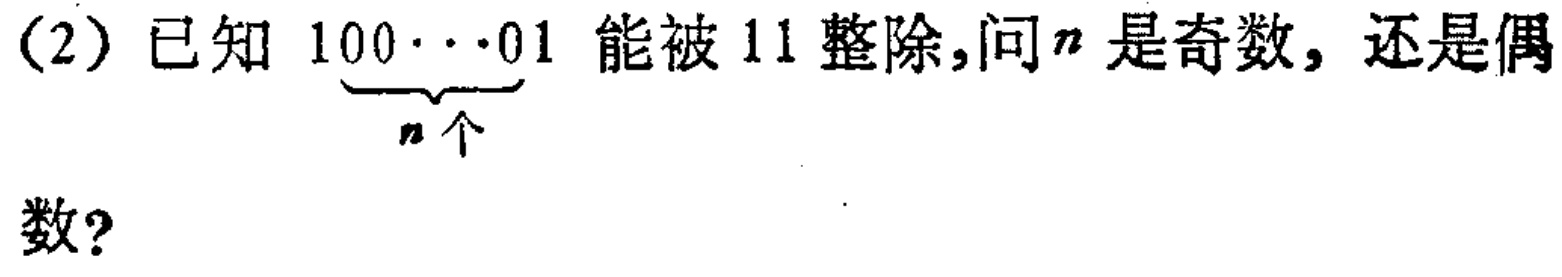
(2) 已知 \(1\underbrace{00\cdots0}_{n个}1\) 能被 \(11\) 整除,问 \(n\) 是奇数，还是偶数?